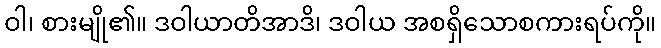
ဝါ၊ စားမျို၏။ ဒဝါယာတိအာဒိ၊ ဒဝါယ အစရှိသောစကားရပ်ကို။